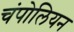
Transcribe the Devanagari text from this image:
चंपोलियन